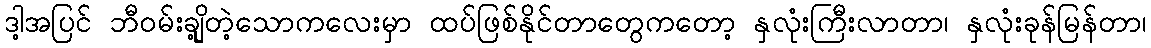
ဒါ့အပြင် ဘီဝမ်းချို့တဲ့သောကလေးမှာ ထပ်ဖြစ်နိုင်တာတွေကတော့ နှလုံးကြီးလာတာ၊ နှလုံးခုန်မြန်တာ၊